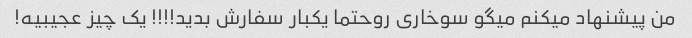
من پیشنهاد میکنم میگو سوخاری رو‌حتما یکبار سفارش بدید!!!! یک چیز عجیبیه!